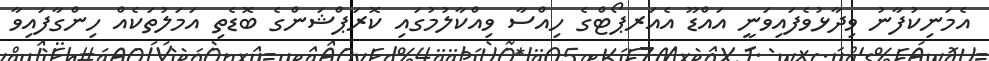
އެމަނިކުފާނު ވިދާޅުވެފައިވަނީ އައްޑޫ އެއަރޕޯޓްގެ ހިއްސާ ވިއްކާލުމުގައި ކޮރަޕްޝަންގެ ބޮޑެތި އަމަލުތަކެއް ހިންގާފައިވާ